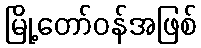
မြို့တော်ဝန်အဖြစ်